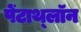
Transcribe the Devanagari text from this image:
पेंटाथ्लॉन